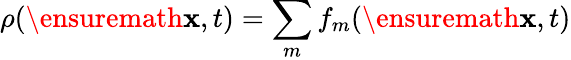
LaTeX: \rho(\ensuremath{\mathbf{x}},t)=\sum_{m}f_{m}(\ensuremath{\mathbf{x}},t)